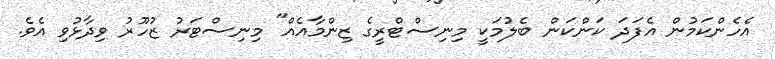
އެހެންކަމުން އެފަދަ ކަންކަން ބެލުމަކީ މިނިސްޓްރީގެ ޒިންމާއެއް" މިނިސްޓަރު ޒުހޫރު ވިދާޅުވި އެވެ.